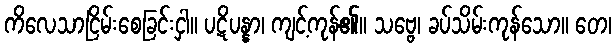
ကိလေသာငြိမ်းစေခြင်းငှါ။ ပဋိပန္နာ၊ ကျင့်ကုန်၏။ သဗ္ဗေ၊ ခပ်သိမ်းကုန်သော။ တေ၊